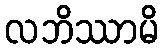
လဘိဿာမိ